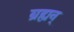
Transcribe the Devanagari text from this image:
ब्रह्यन्‌